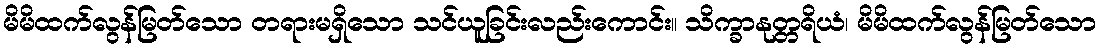
မိမိထက်လွန်မြတ်သော တရားမရှိသော သင်ယူခြင်းလည်းကောင်း။ သိက္ခာနုတ္တရိယံ၊ မိမိထက်လွန်မြတ်သော